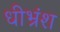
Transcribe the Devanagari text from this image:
धीभ्रंश